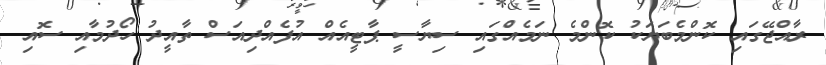
ރާއްޖޭގައި ކޮންމެބަޔަކު ކޮންމެ ނަމެއްގައި ސިޔާސީ ޕާޓީއެއް އުފެއްދިއަސް ތާއީދު ހޯދުމާއި ސޮއި